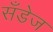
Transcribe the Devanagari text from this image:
सँडेज